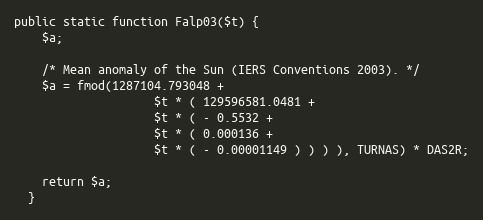
Language: PHP
public static function Falp03($t) {
    $a;

    /* Mean anomaly of the Sun (IERS Conventions 2003). */
    $a = fmod(1287104.793048 +
                    $t * ( 129596581.0481 +
                    $t * ( - 0.5532 +
                    $t * ( 0.000136 +
                    $t * ( - 0.00001149 ) ) ) ), TURNAS) * DAS2R;

    return $a;
  }